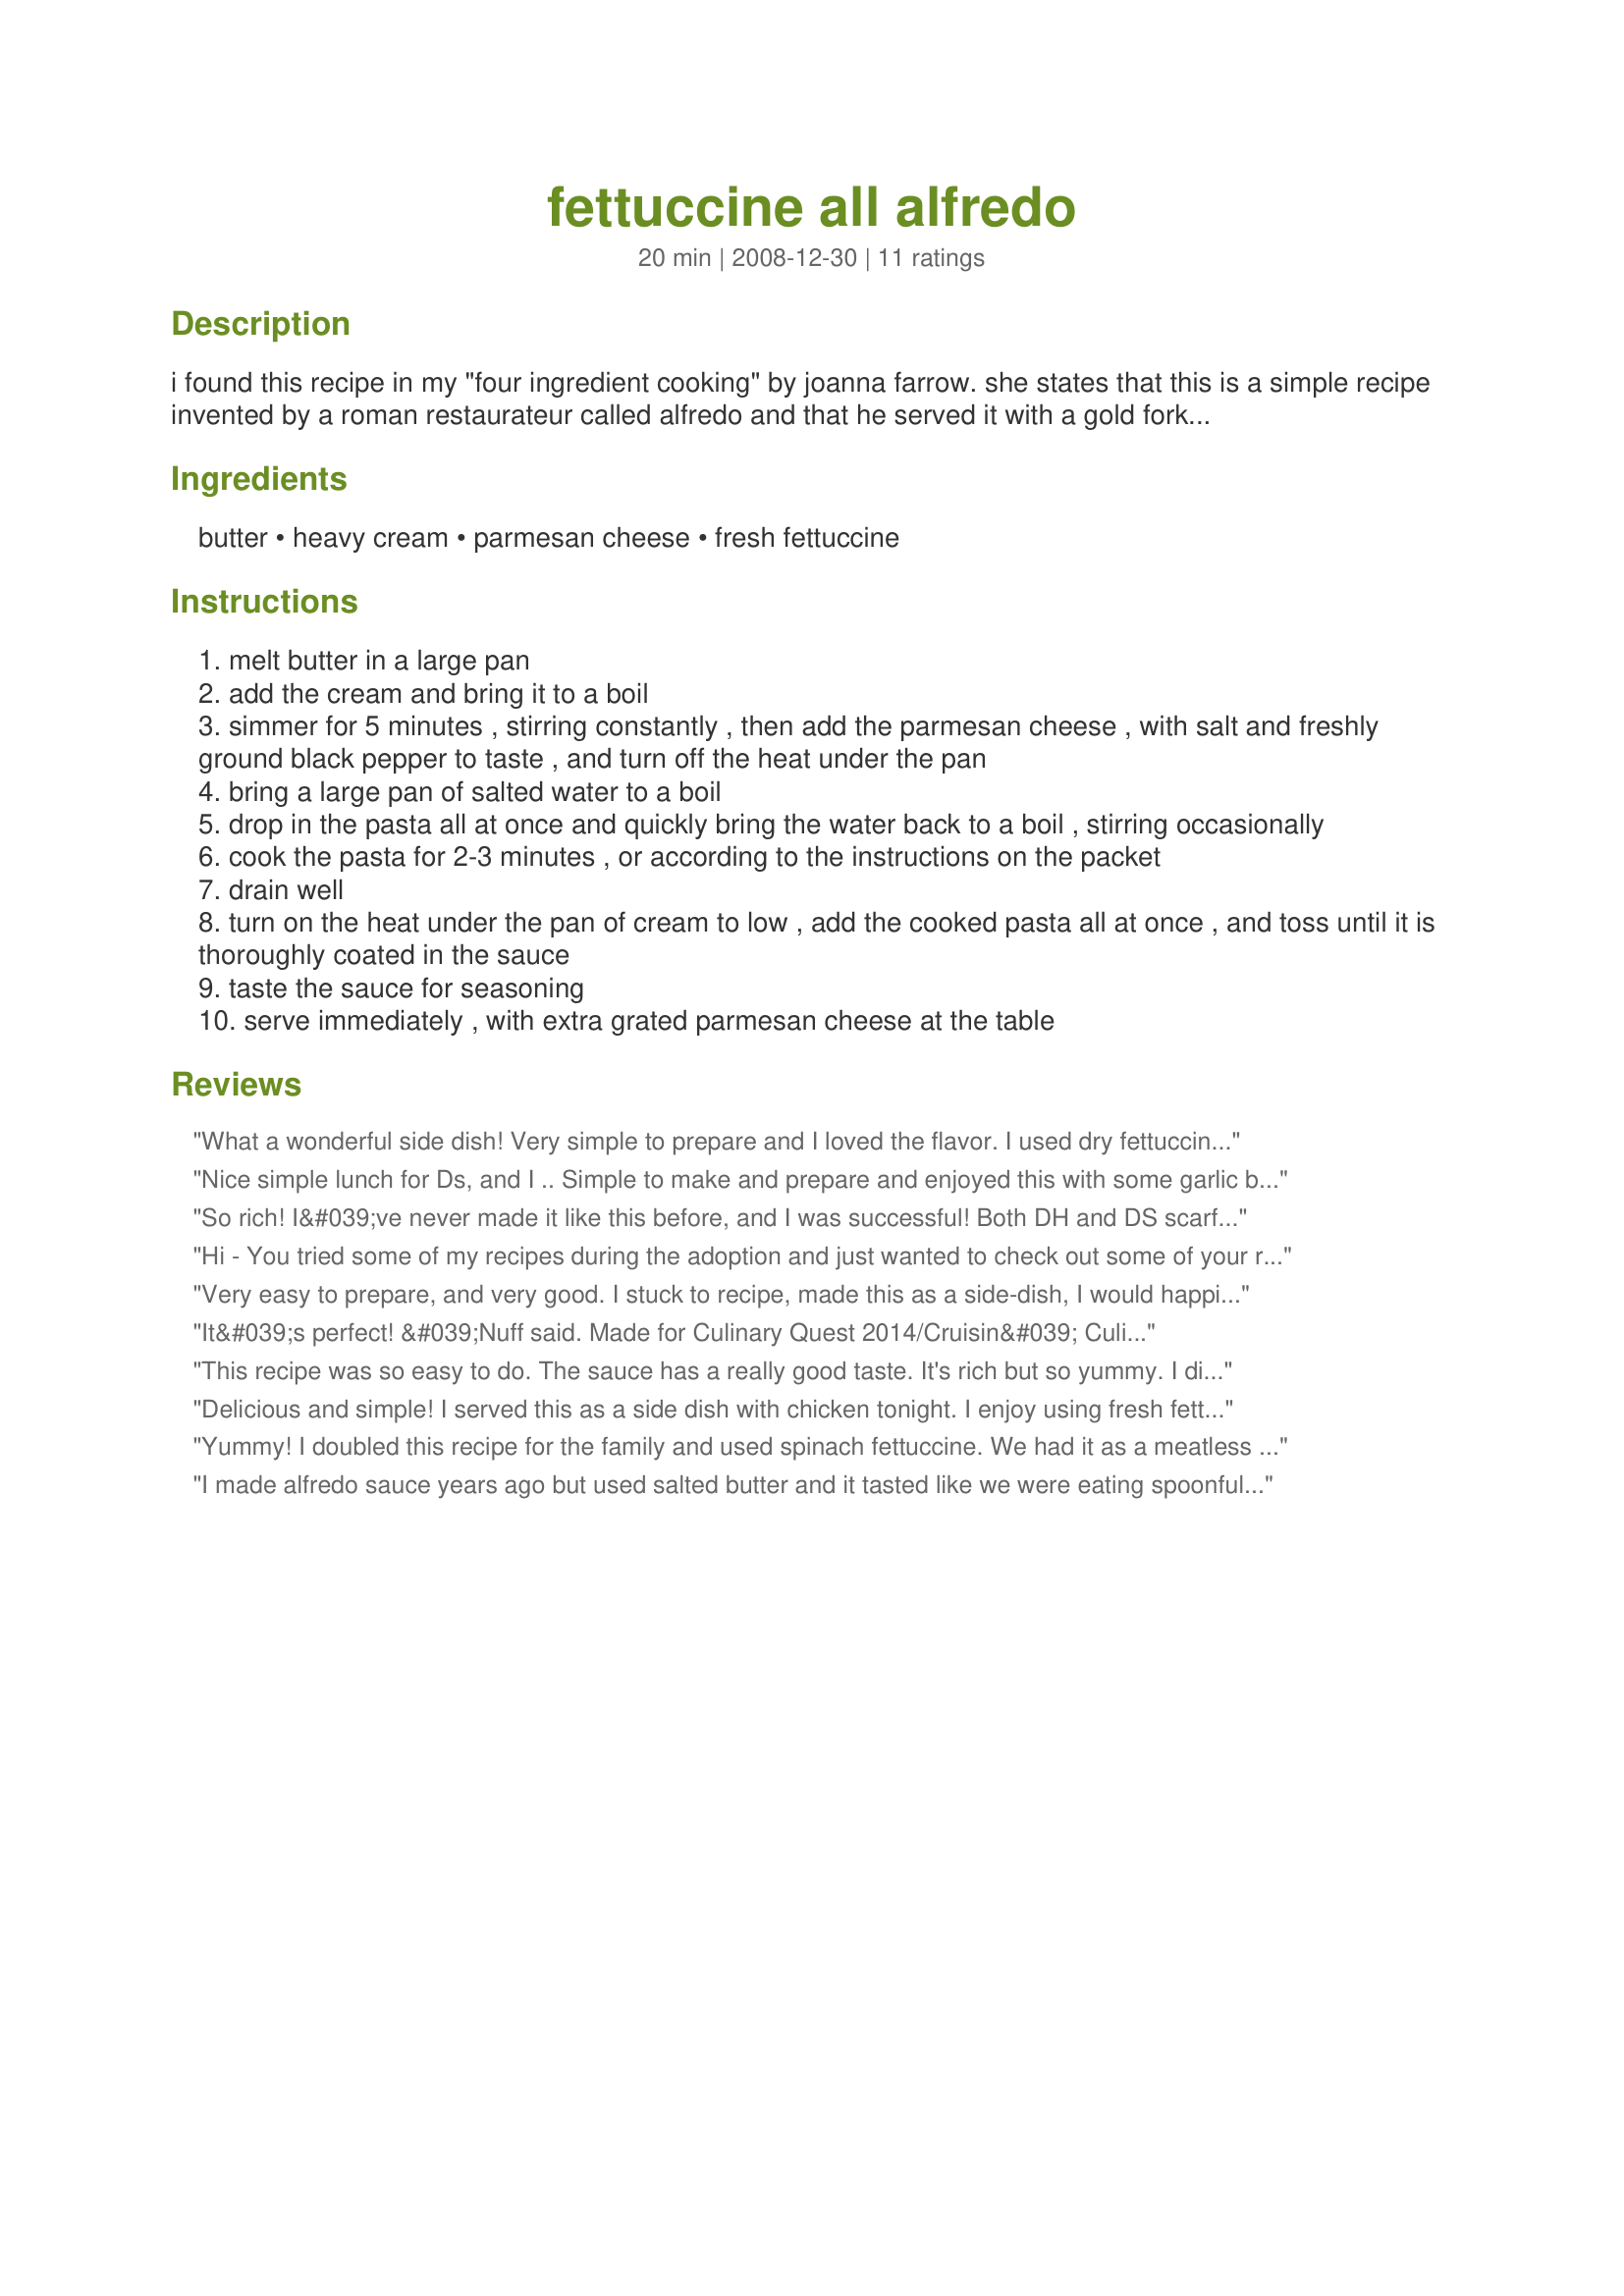
fettuccine all alfredo
Preparation time: 20 minutes

i found this recipe in my "four ingredient cooking" by joanna farrow. she states that this is a simple recipe invented by a roman restaurateur called alfredo and that he served it with a gold fork and spoon. this recipe says it serves four, but i would imagine alot of people will think it only serves two, so up this recipe as you see fit to serve your families appetites. this is not a garlic flavored recipe but one for the original recipe, so might want to serve with very seasoned tasty main dish/meat. or you might want to add some minced 1/2 tsp. minced garlic to the butter in the beginning before adding the cream.

Ingredients:
butter, heavy cream, parmesan cheese, fresh fettuccine

Steps:
melt butter in a large pan
add the cream and bring it to a boil
simmer for 5 minutes , stirring constantly , then add the parmesan cheese , with salt and freshly ground black pepper to taste , and turn off the heat under the pan
bring a large pan of salted water to a boil
drop in the pasta all at once and quickly bring the water back to a boil , stirring occasionally
cook the pasta for 2-3 minutes , or according to the instructions on the packet
drain well
turn on the heat under the pan of cream to low , add the cooked pasta all at once , and toss until it is thoroughly coated in the sauce
taste the sauce for seasoning
serve immediately , with extra grated parmesan cheese at the table

Reviews:
What a wonderful side dish! Very simple to prepare and I loved the flavor. I used dry fettuccine and it made 4 perfect side servings. Thanks for a recipe I will be going back to very often! :) Tagged in 123 Hits (Update 4/2010): Diner I just have to tell you how often I make this dish. I do use half and half in place of the heavy cream and sometimes add snow peas and broccoli to the dish and top with some grilled chicken. It is always a dish that is devoured by the family. Thanks again for sharing!
Nice simple lunch for Ds, and I .. Simple to make and prepare and enjoyed this with some garlic bread. Made for Zaar Stars
So rich! I&#039;ve never made it like this before, and I was successful! Both DH and DS scarfed theirs down! And there are leftovers! Woo HOO! Thanks for another winner, diner524!
Hi - You tried some of my recipes during the adoption and just wanted to check out some of your recipes. I have a bunch I want to try, but this one was the first one I made. This is was fantastic! I had to substitute a concoction of 2% Milk and cream cheese for the Heavy Cream, and it was still delish! Can't wait to try more of your recipes.
Very easy to prepare, and very good. I stuck to recipe, made this as a side-dish, I would happily eat it by itself!
I might well add garlic in future, but this was very enjoyable, thank you!!

Made for PRMR tag game.
It&#039;s perfect! &#039;Nuff said. Made for Culinary Quest 2014/Cruisin&#039; Culinary Queens.
This recipe was so easy to do. The sauce has a really good taste. It's rich but so yummy. I didn't have fettucine so I have capelli di angelo. Thanks Diner :) Made for 123 hit wonders
Delicious and simple! I served this as a side dish with chicken tonight. I enjoy using fresh fettuccine and this recipe is a keeper. Thanks for sharing!
Yummy! I doubled this recipe for the family and used spinach fettuccine. We had it as a meatless meal with salad and bread and everyone loved it. The next night, we had the leftovers and we added shrimp - which was a huge hit as well. Thanks diner for such an easy and tasty meal. Made for WTTM Tag.
I made alfredo sauce years ago but used salted butter and it tasted like we were eating spoonfuls of salt. Wanted to give this recipe a try but used unsalted butter and it was very good. Rich and delicious side dish to grilled chicken breast and broccoli. Made for the 2014 Culinary Quest - Family Picks.
Simple, fattening and delicious. I will make this again. Thank you.
